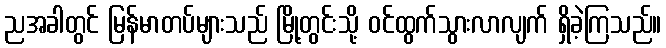
ညအခါတွင် မြန်မာတပ်များသည် မြို့တွင်းသို့ ဝင်ထွက်သွားလာလျက် ရှိခဲ့ကြသည်။